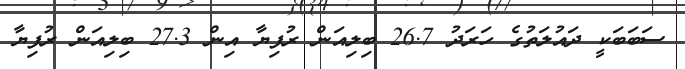
ސަބަބަކީ ދައުލަތުގެ ހަރަދު 26.7 ބިލިއަން ރުފިޔާ އިން 27.3 ބިލިއަން ރުފިޔާ